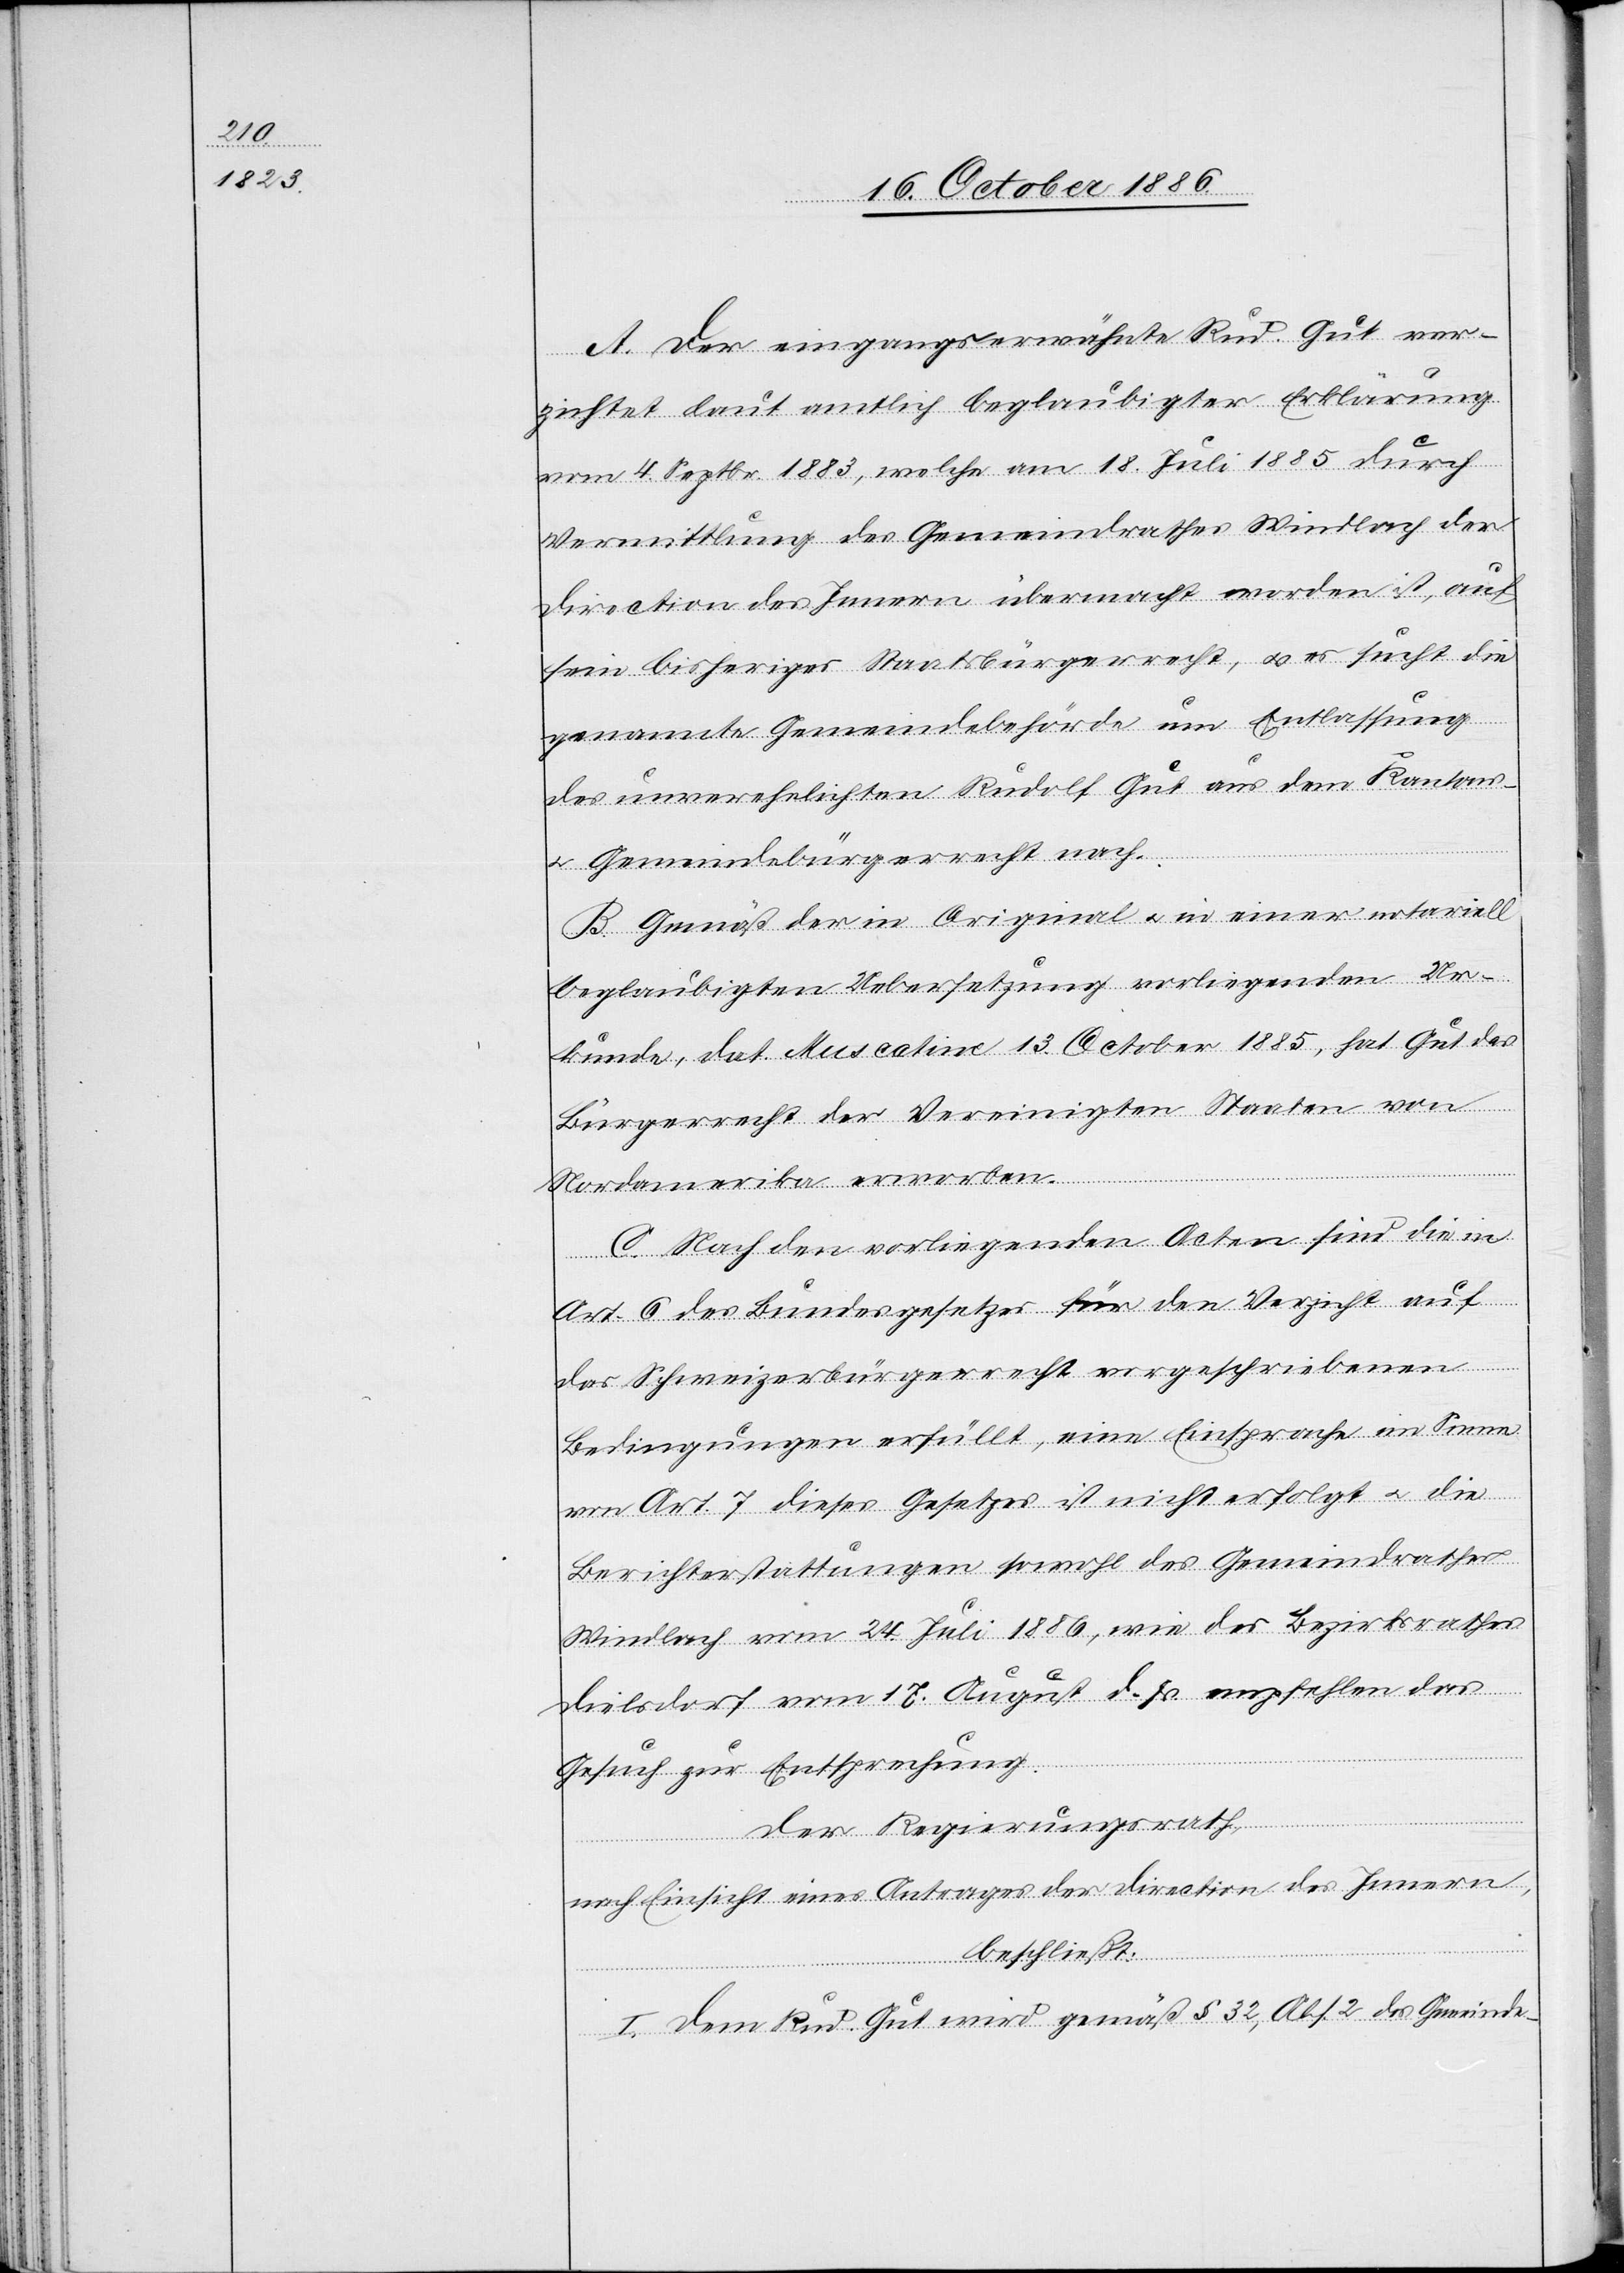
A. Der eingangs erwähnte Rud. Gut ver¬
zichtet laut amtlich beglaubigter Erklärung
vom 4. Septbr. 1883, welche am 18. Juli 1885 durch
Vermittlung des Gemeindrathes Windlach der
Direction des Innern übermacht worden ist, auf
sein bisheriges Staatsbürgerrecht, & es sucht die
genannte Gemeindebehörde um Entlassung
des unverehelichten Rudolf Gut aus dem Kantons-
& Gemeindebürgerrecht nach.
B. Gemäß der in Original & in einer notariell
beglaubigten Uebersetzung vorliegenden Ur¬
kunde, dat. Muscatine 13. October 1885, hat Gut das
Bürgerrecht der Vereinigten Staaten von
Nordamerika erworben.
C. Nach den vorliegenden Acten sind die in
Art. 6 des Bundesgesetzes für den Verzicht auf
das Schweizerbürgerrecht vorgeschriebenen
Bedingungen erfüllt, eine Einsprache im Sinne
von Art. 7 dieses Gesetzes ist nicht erfolgt & die
Berichterstattungen sowohl des Gemeindrathes
Windlach vom 24. Juli 1886, wie des Bezirksrathes
Dielsdorf vom 17. August d. Js. empfehlen das
Gesuch zur Entsprechung.
Der Regierungsrath,
nach Einsicht eines Antrages der Direction des Innern,
beschließt:
I. Dem Rud. Gut wird gemäß § 32, Abs. 2 des Gemeinde-